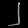
Digit: ၂